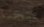
فتحنا